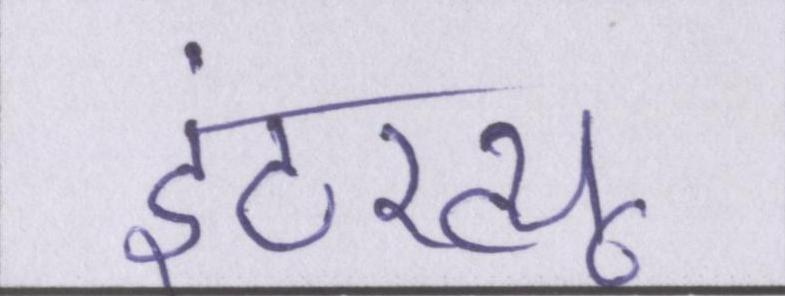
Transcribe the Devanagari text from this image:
इंटरव्यू